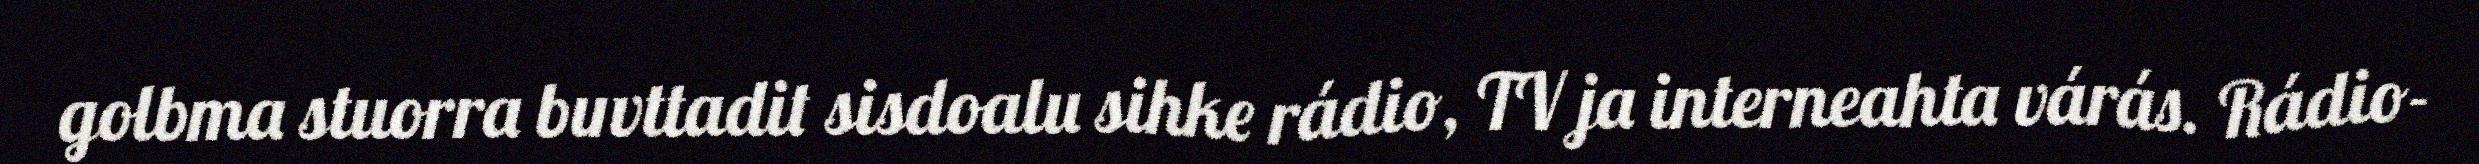
golbma stuorra buvttadit sisdoalu sihke rádio, TV ja interneahta várás. Rádio-